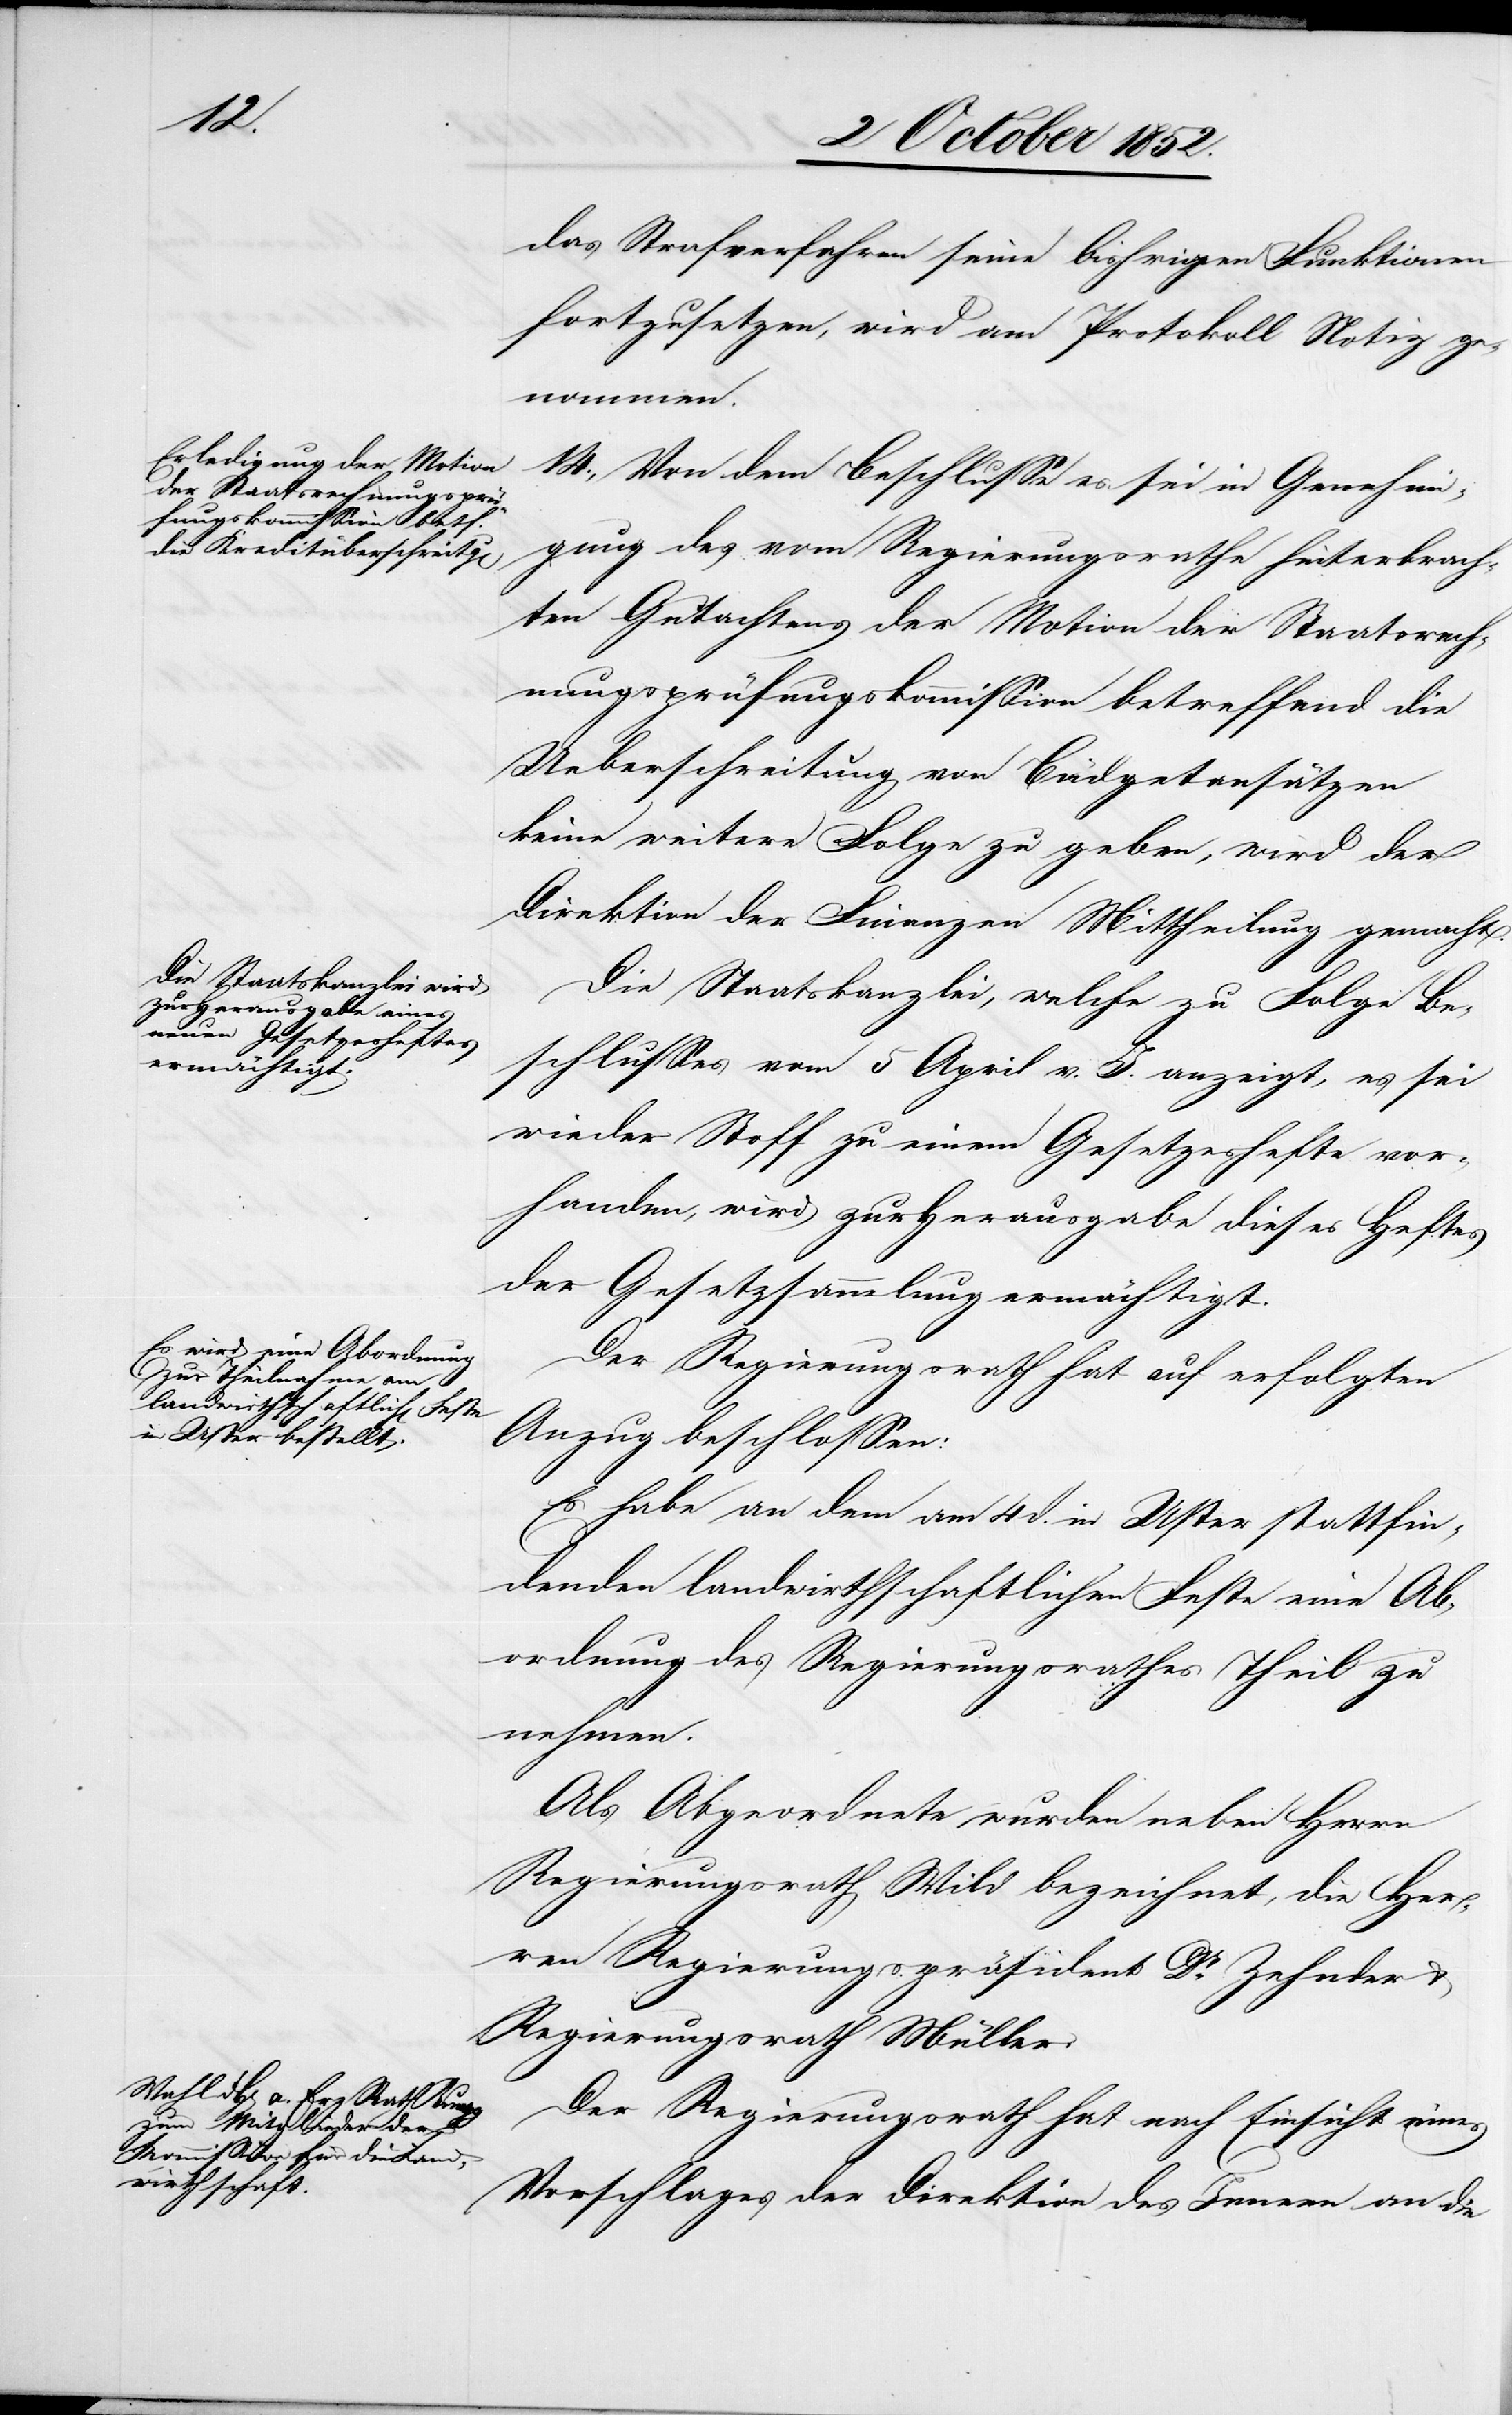
das Strafverfahren seine bisherigen Funktionen
fortzusetzen, wird am Protokoll Notiz ge¬
nommen.
14., Von dem Beschlusse es sei in Genehmi¬
gung des vom Regierungsrathe hinterbrach¬
ten Gutachtens der Motion der Staatsrech¬
nungsprüfungskommission betreffend die
Ueberschreitung von Büdgetansätzen
keine weitere Folge zu geben, wird der
Direktion der Finanzen Mittheilung gemacht.
Die Staatskanzlei, welche zu Folge Be¬
schlusses vom 5 April v. J. anzeigt, es sei
wieder Stoff zu einem Gesetzeshefte vor¬
handen, wird zur Herausgabe dieses Heftes
der Gesetzsammlung ermächtigt.
Der Regierungsrath hat auf erfolgten
Anzug beschlossen:
Es habe an dem am 4 d. in Uster stattfin¬
denden landwirthschaftlichen Feste eine Ab¬
ordnung des Regierungsrathes Theil zu
nehmen.
Als Abgeordnete wurden neben Herrn
Regierungsrath Wild bezeichnet, die Her¬
ren Regierungspräsident Dr. Zehnder &
Regierungsrath Müller.
Der Regierungsrath hat nach Einsicht eines
Vorschlages der Direktion des Innern an die